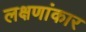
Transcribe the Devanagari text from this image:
लक्षणांकार